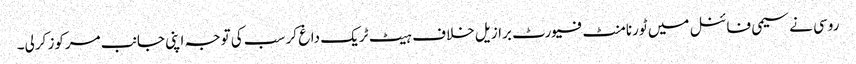
روسی نے سیمی فائنل میں ٹورنامنٹ فیورٹ برازیل خلاف ہیٹ ٹریک داغ کر سب کی توجہ اپنی جانب مرکوز کرلی۔